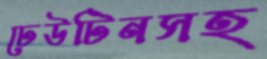
ঢেউটিনসহ